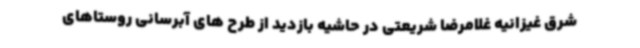
شرق غیزانیه غلامرضا شریعتی در حاشیه بازدید از طرح های آبرسانی روستاهای